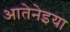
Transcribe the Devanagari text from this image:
आतेनेइया